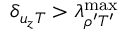
\delta _ { { u _ { z } } T } > \lambda _ { \rho ^ { \prime } T ^ { \prime } } ^ { \mathrm { m a x } }